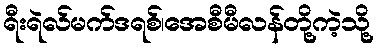
ရီးရဲလ်မက်ဒရစ်၊အေစီမီလန်တို့ကဲ့သို့